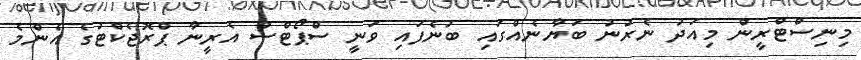
މިނިސްޓްރީން މިއަދު ނެރުނު ބަޔާނެއްގައި ބުނެފައި ވަނީ ސްޕޯޓްސް އެރީނާ ޕްރޮޖެކްޓުގެ އެންމެ